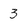
Character: 3